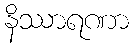
နိဿာရဏာ